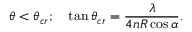
\theta < \theta _ { c r } ; \quad \tan \theta _ { c r } = \frac { \lambda } { 4 n R \cos \alpha } .